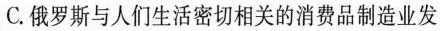
C.俄罗斯与人们生活密切相关的消费品制造业发